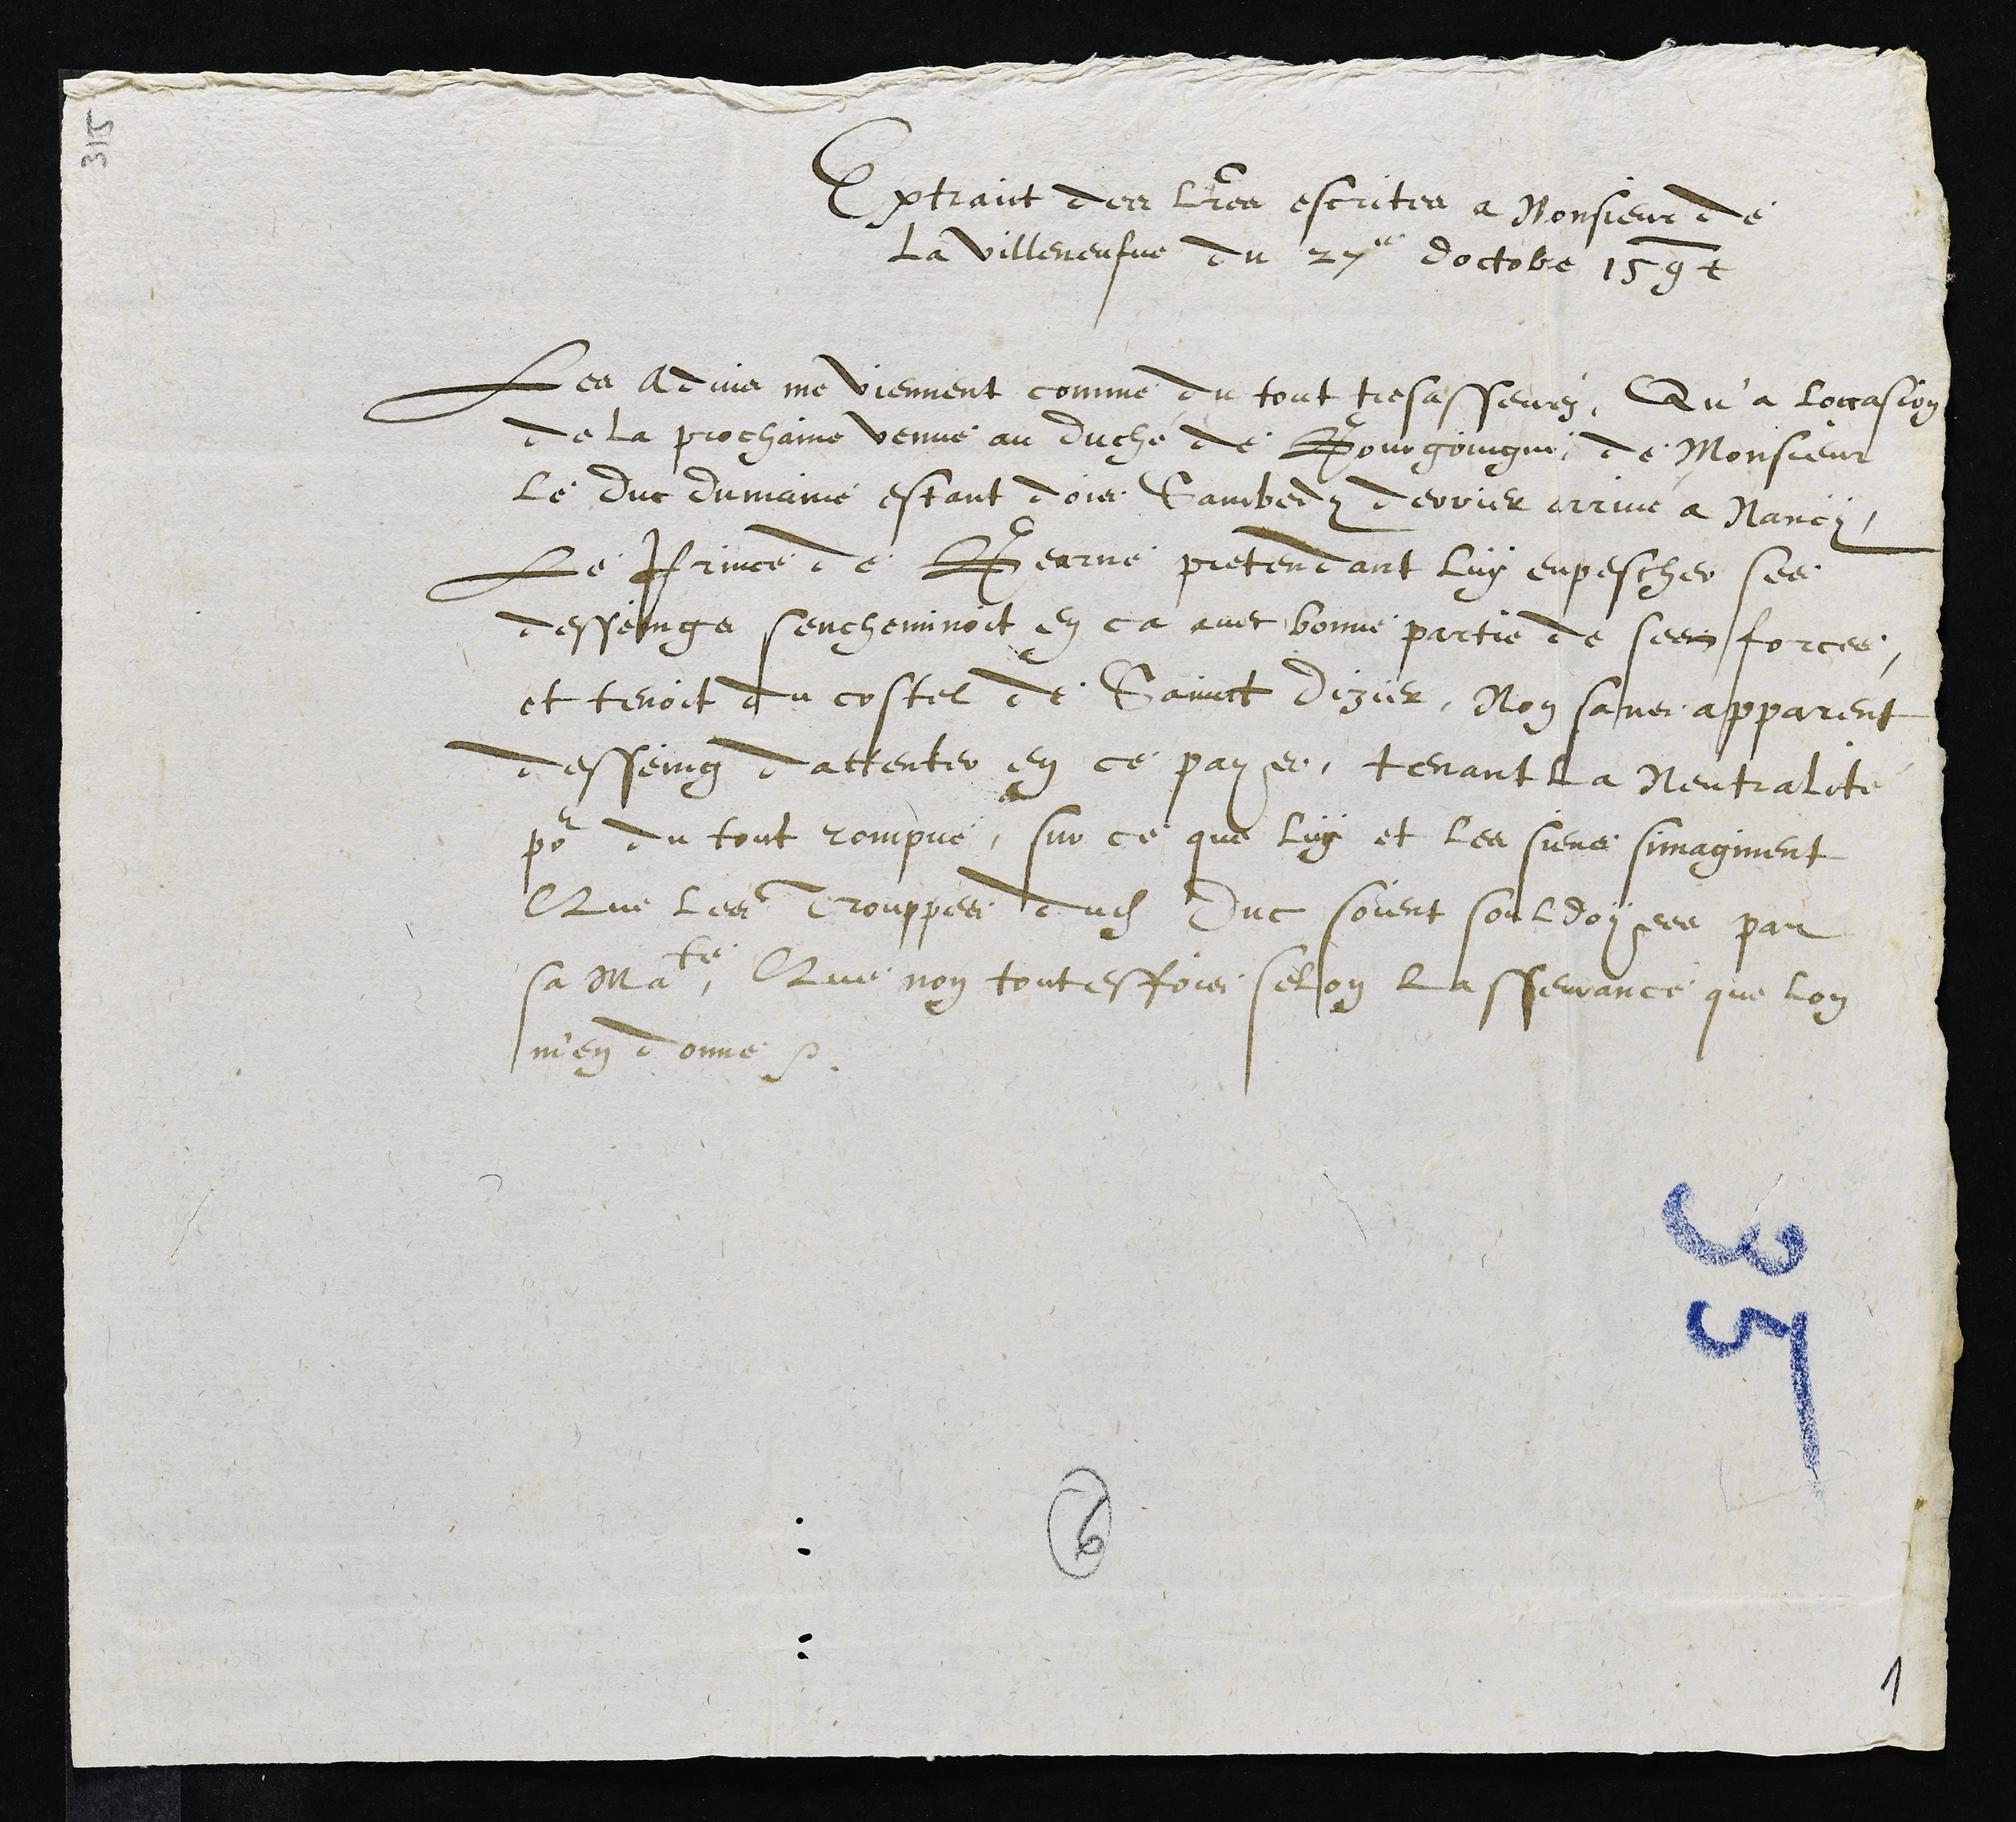
Extraict des lettres escrites a Monsieur de
La Villeneufve du 27e doctobre 1594
Les Advis me viennent comme du tout tres asseurez, Qu'a loccasion
de la prochaine venue au duché de Bourgoingne, de Monsieur
le duc du maine estant dois Sambedy derrier arrivé a Nancy,
Le Prince de Bearne pretendant luy enpescher ses
desseings sencheminoit en ca avec bonne partie de ses forces,
et tenoit du costel de Sainct Dizier, Non sans apparent
desseing dattenter en ce pays, tenant la Neutralité
pour du tout rompue, sur ce que luy et les siens simaginent
Que les Trouppes dudit Duc soient souldoyees par
sa Majesté. Que non toutesfois selon l'asseurance que lon
m'en donne.

6
1